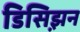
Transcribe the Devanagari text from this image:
डिसिझ़न